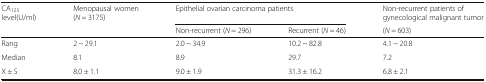
<table><thead><tr><td rowspan="2"><b>CA<sub>125</sub> level(U/ml)</b></td><td rowspan="2"><b>Menopausal women(<i>N</i> = 3175)</b></td><td colspan="2"><b>Epithelial ovarian carcinoma patients</b></td><td><b>Non-recurrent patients of gynecological malignant tumor</b></td></tr><tr><td><b>Non-recurrent (<i>N</i> = 296)</b></td><td><b>Recurrent (<i>N</i> = 46)</b></td><td><b>(<i>N</i> = 603)</b></td></tr></thead><tbody><tr><td>Rang</td><td>2 ~ 29.1</td><td>2.0 ~ 34.9</td><td>10.2 ~ 82.8</td><td>4.1 ~ 20.8</td></tr><tr><td>Median</td><td>8.1</td><td>8.9</td><td>29.7</td><td>7.2</td></tr><tr><td>X ± S</td><td>8.0 ± 1.1</td><td>9.0 ± 1.9</td><td>31.3 ± 16.2</td><td>6.8 ± 2.1</td></tr></tbody></table>